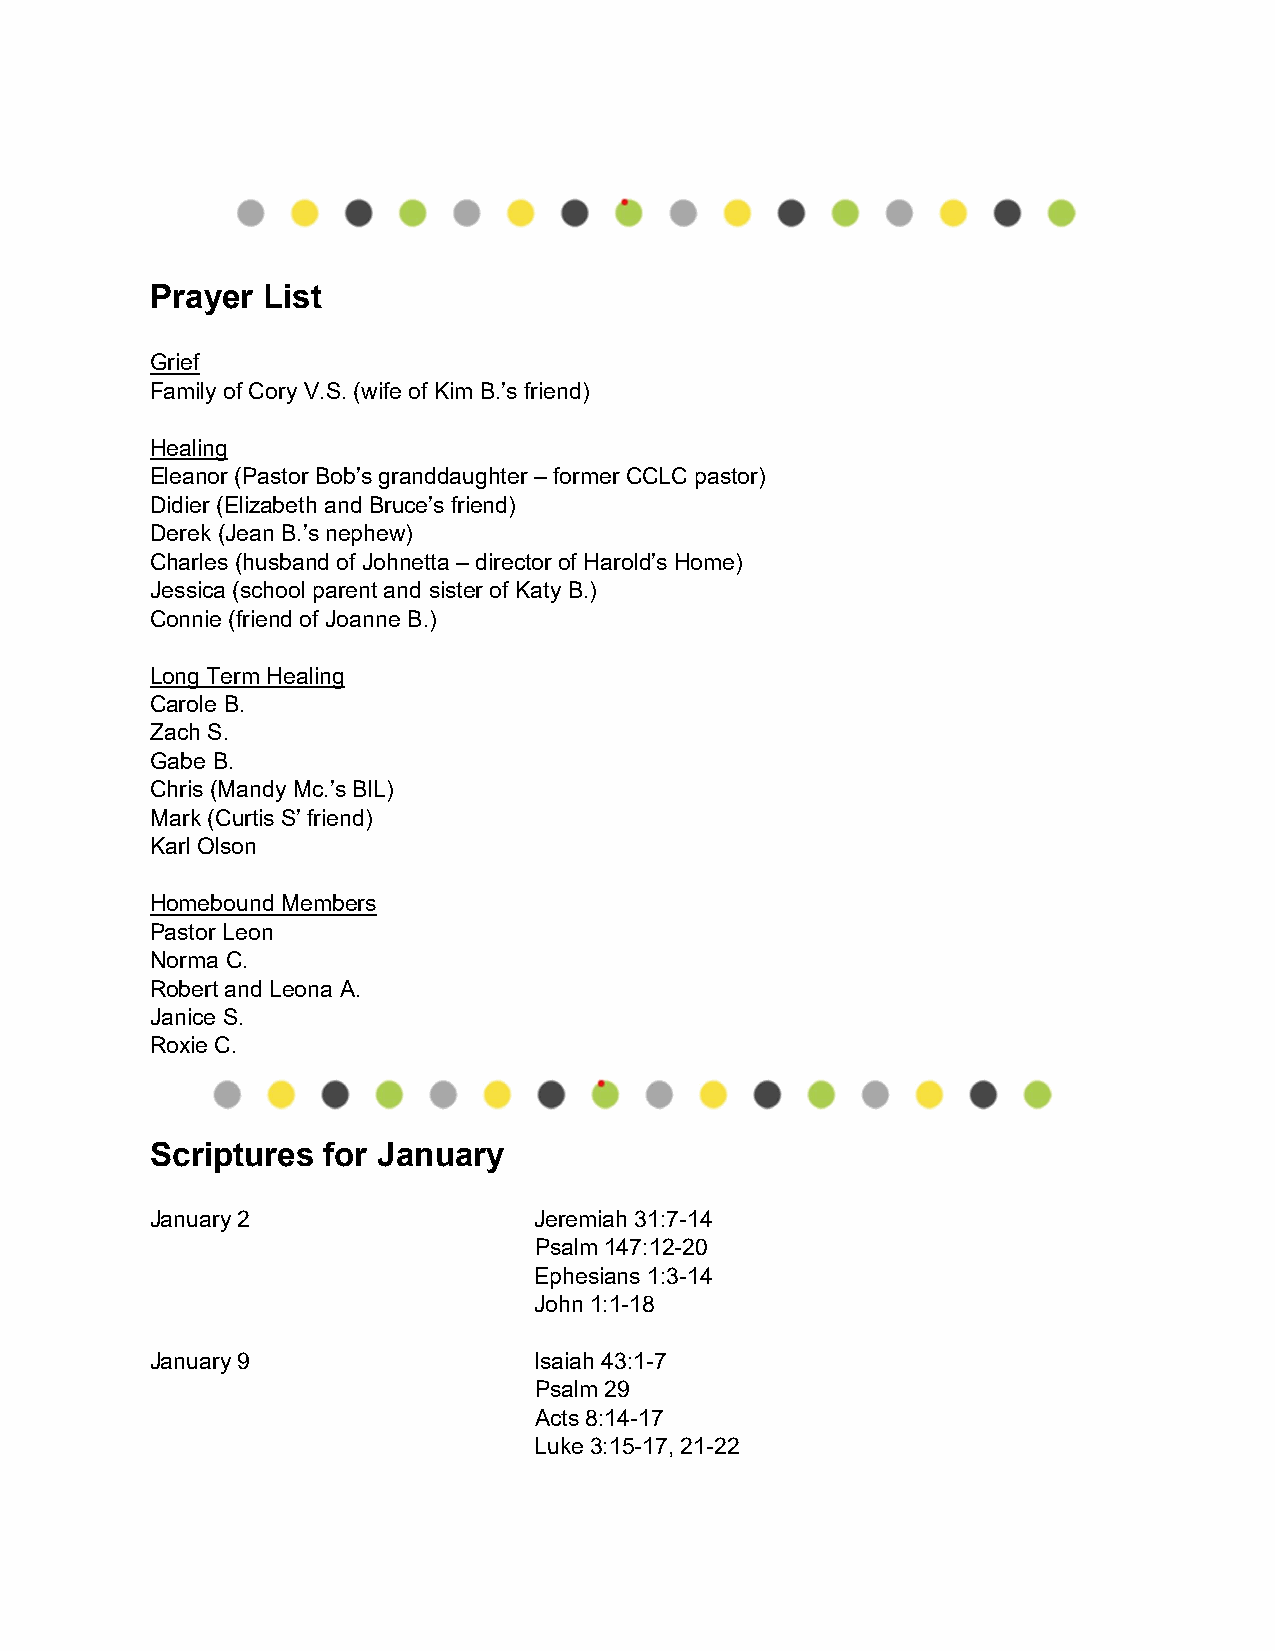
Prayer List
 Grief
 Family of Cory V.S. (wife of Kim B.’s friend)
 Healing
 Eleanor (Pastor Bob’s granddaughter – former CCLC pastor)
 Didier (Elizabeth and Bruce’s friend)
 Derek (Jean B.’s nephew)
 Charles (husband of Johnetta – director of Harold’s Home)
 Jessica (school parent and sister of Katy B.)
 Connie (friend of Joanne B.)
 Long Term Healing
 Carole B.
 Zach S.
 Gabe B.
 Chris (Mandy Mc.’s BIL)
 Mark (Curtis S’ friend)
 Karl Olson
 Homebound Members
 Pastor Leon
 Norma C.
 Robert and Leona A.
 Janice S.
 Roxie C.
 Scriptures for January
 January 2                Jeremiah 31:7-14
 Psalm 147:12-20
 Ephesians 1:3-14
 John 1:1-18
 January 9                Isaiah 43:1-7
 Psalm 29
 Acts 8:14-17
 Luke 3:15-17, 21-22